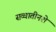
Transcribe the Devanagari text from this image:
सव्वातीनशे